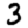
Digit: 3